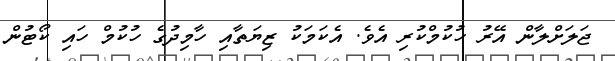
ޖަލަށްލާން އޭރު ހުކުމްކުރި އެވެ. އެކަމަކު ޒިޔަތާއި ހާމިދުގެ ހުކުމް ހައި ކޯޓުން